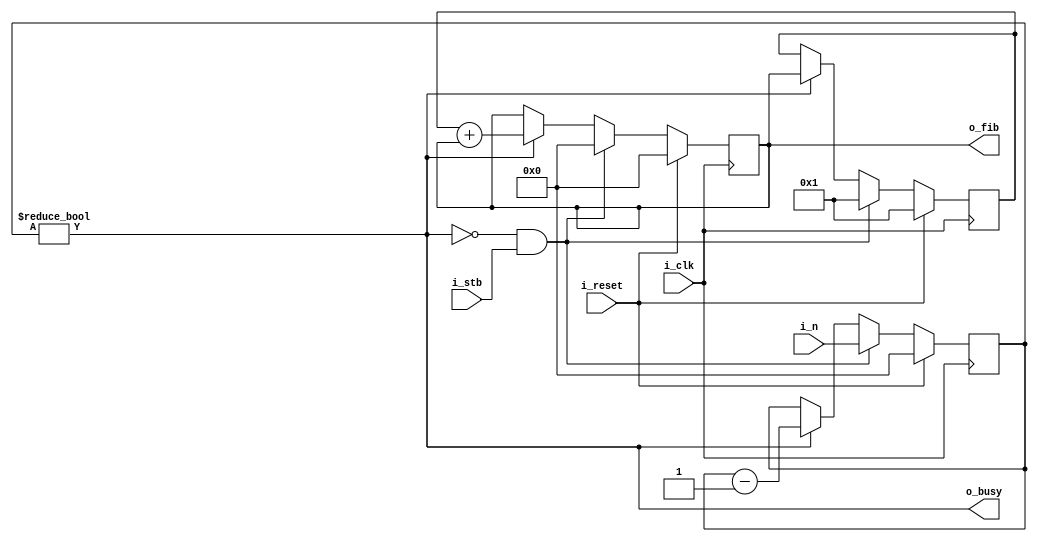
// This program was cloned from: https://github.com/sellicott/sellicott_fib_seq
// License: Apache License 2.0

/* fib.v
 * Test of calculating the nth value of the fibbonachi sequence
 */
module fib (
    // global control signals
    i_reset,
    i_clk,

    // control signals
    i_stb,
    o_busy,

    // module inputs/outputs
    i_n,
    o_fib
);
parameter WIDTH = 32;
localparam [WIDTH-1:0] RESET = 0;
localparam [WIDTH-1:0] ONE   = 1;

// global control signals
input wire i_reset;
input wire i_clk;

// control signals
input  wire i_stb;
output wire o_busy;

// module io
input  wire [WIDTH-1:0] i_n;
output wire [WIDTH-1:0] o_fib;

reg [WIDTH-1:0] iteration;
reg [WIDTH-1:0] prev;
reg [WIDTH-1:0] current;

assign o_busy = (iteration != RESET);
assign o_fib  = current;

always @(posedge i_clk) begin
    if (!o_busy && i_stb) begin
        iteration <= i_n;
        prev    [WIDTH-1:0] <= 1;
        current [WIDTH-1:0] <= 0;
    end
    else if (o_busy) begin
        iteration <= iteration - ONE;
        current   <= prev + current;
        prev      <= current;
    end

    if (i_reset) begin
        iteration <= RESET;
        prev    [WIDTH-1:0] <= 1;
        current [WIDTH-1:0] <= 0;
    end
end

endmodule